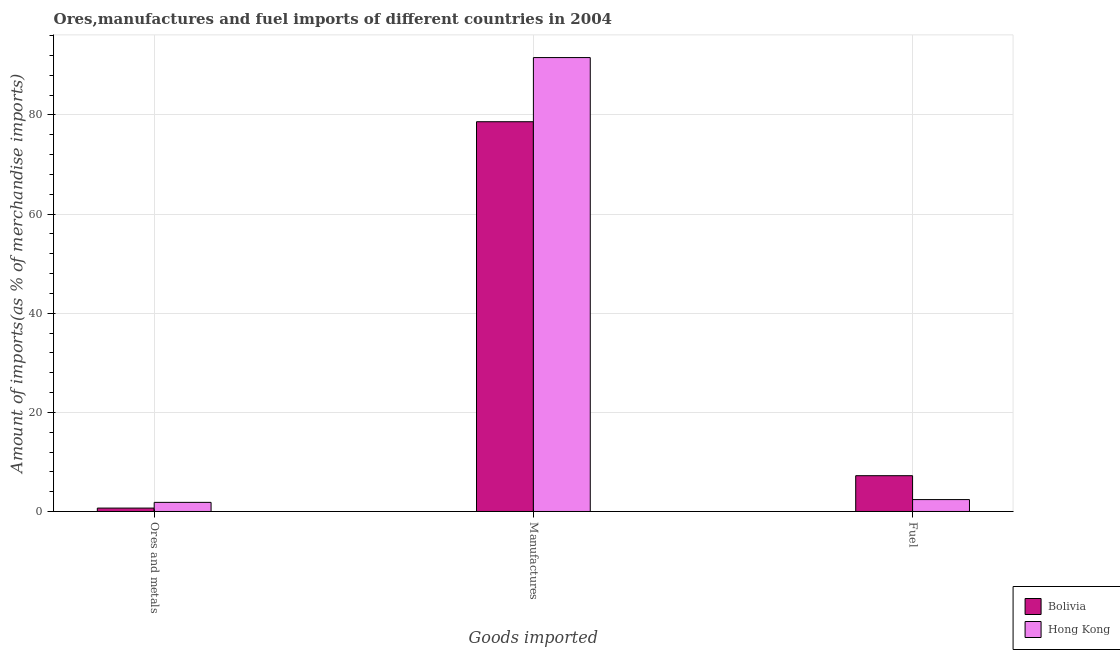
| Goods imported | Bolivia | Hong Kong |
 | --- | --- | --- |
 | Ores and metals | 0.684 | 1.84 |
 | Manufactures | 78.6 | 91.6 |
 | Fuel | 7.22 | 2.4 |